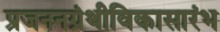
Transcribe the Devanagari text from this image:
प्रजननग्रंथीविकासारंभ